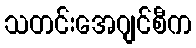
သတင်းအေဂျင်စီက